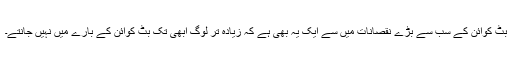
بٹ کوائن کے سب سے بڑے نقصانات میں سے ایک یہ بھی ہے کہ زیادہ تر لوگ ابھی تک بٹ کوائن کے بارے میں نہیں جانتے۔